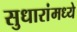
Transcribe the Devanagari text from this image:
सुधारांमध्ये